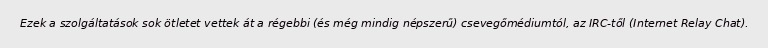
Ezek a szolgáltatások sok ötletet vettek át a régebbi (és még mindig népszerű) csevegőmédiumtól, az IRC-től (Internet Relay Chat).